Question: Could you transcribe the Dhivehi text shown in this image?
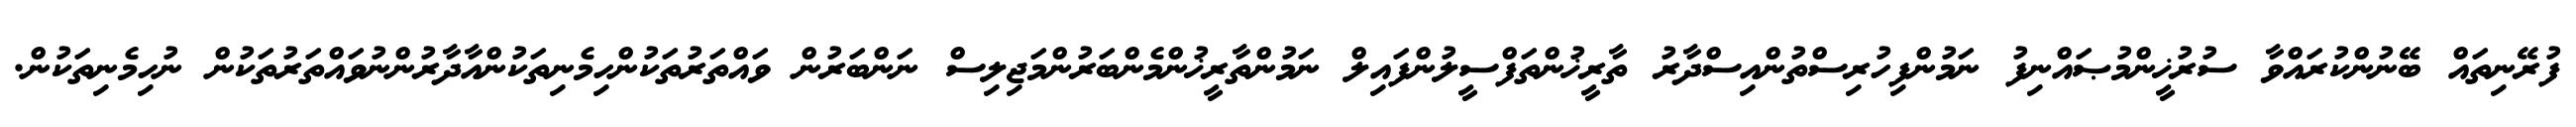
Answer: ފުރޭނިތައް ބޭނުންކުރައްވާ ސުރުޚީންމުޞައްނިފު ނަމުންފިހުރިސްތުންއިސްދާރު ތާރީޚުންތަފްސީލުންފައިލް ނަމުންތާރީޚުންމެންބަރުންމަޖިލިސް ނަންބަރުން ވައްތަރުތަކުންހިމެނިތަކުންއާދާރުންނުވައްތަރުތަކުން ނުހިމެނިތަކުން.